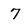
Character: 7